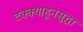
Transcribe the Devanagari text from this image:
टक्क्याहूनसुद्धा